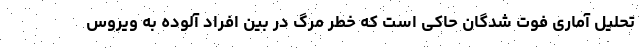
تحلیل آماری فوت شدگان حاکی است که خطر مرگ در بین افراد آلوده به ویروس